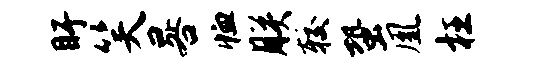
盱笑晷恤朕较蛩凰枉